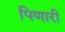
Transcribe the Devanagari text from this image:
पिणारी